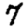
Digit: 7